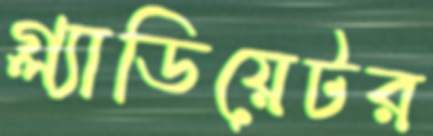
গ্ল্যাডিয়েটর